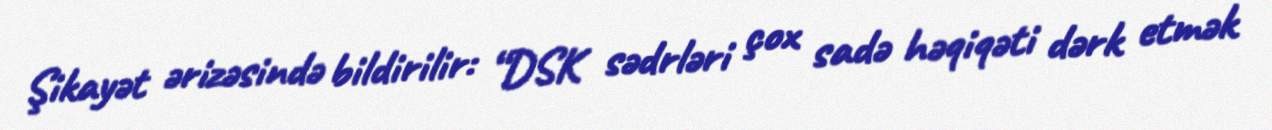
Şikayət ərizəsində bildirilir: “DSK sədrləri çox sadə həqiqəti dərk etmək